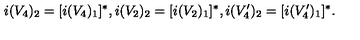
i ( V _ { 4 } ) _ { 2 } = [ i ( V _ { 4 } ) _ { 1 } ] ^ { * } , i ( V _ { 2 } ) _ { 2 } = [ i ( V _ { 2 } ) _ { 1 } ] ^ { * } , i ( V _ { 4 } ^ { \prime } ) _ { 2 } = [ i ( V _ { 4 } ^ { \prime } ) _ { 1 } ] ^ { * } .